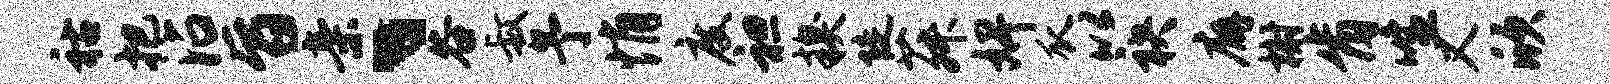
祜把沾旨亲、谷叔予悄度袒糗陡菽婢瓜以袂廨榭肯喧又欣